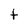
Character: t